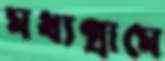
মধ্যগ্রামে